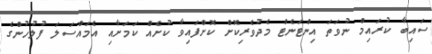
ސައިބާ ކުރައިމް ނުވަތަ އިންޓަނެޓް މެދުވެރިކޮށް ކޮށްފައިވާ ކުށެއް ކަމަށާއި އެމައްސަލަ ފުލުހުންގެ